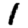
Digit: 1